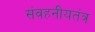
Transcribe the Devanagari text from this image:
संवहनीयतंत्र